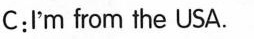
C:'m from the USA.